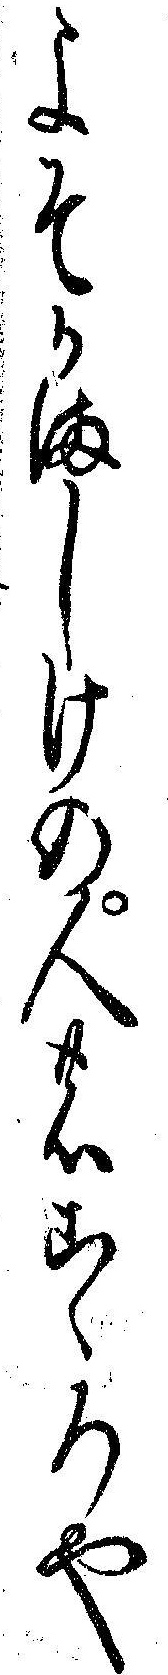
よそかましけの人のこゝろや